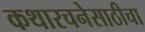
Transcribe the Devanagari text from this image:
कथारचनेसाठीचा